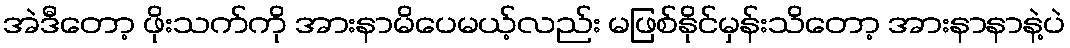
အဲဒီတော့ ဖိုးသက်ကို အားနာမိပေမယ့်လည်း မဖြစ်နိုင်မှန်းသိတော့ အားနာနာနဲ့ပဲ